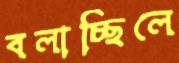
বলাচ্ছিলে